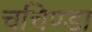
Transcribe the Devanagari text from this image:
चचिण्डा